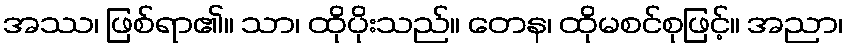
အဿ၊ ဖြစ်ရာ၏။ သာ၊ ထိုပိုးသည်။ တေန၊ ထိုမစင်စုဖြင့်။ အညာ၊